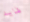
فايد